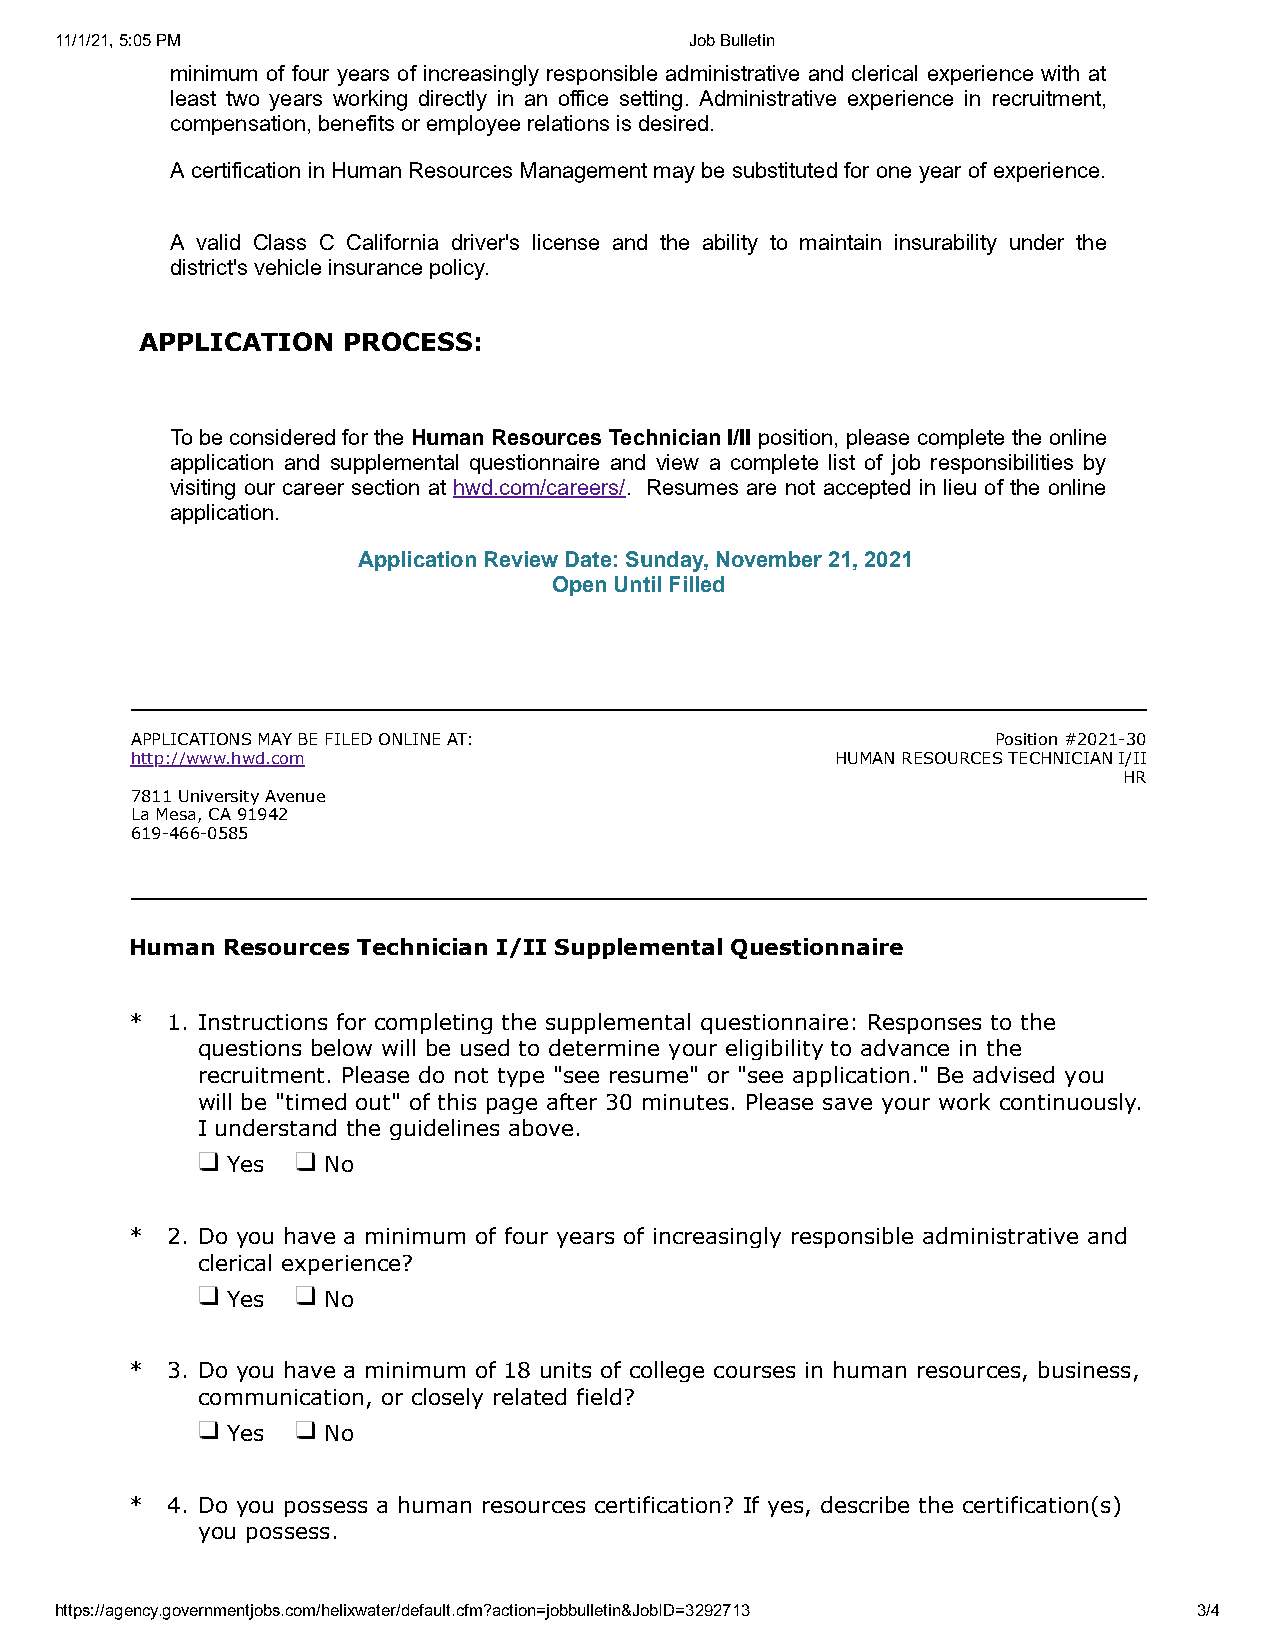
11/1/21, 5:05 PM                          Job Bulletin
 minimum of four years of increasingly responsible administrative and clerical experience with at
 least two years working directly in an office setting. Administrative experience in recruitment,
 compensation, benefits or employee relations is desired.
 A certification in Human Resources Management may be substituted for one year of experience.
 A valid Class C California driver's license and the ability to maintain insurability under the
 district's vehicle insurance policy.
 APPLICATION   PROCESS:
 To be considered for the Human Resources Technician I/II position, please complete the online
 application and supplemental questionnaire and view a complete list of job responsibilities by
 visiting our career section at hwd.com/careers/. Resumes are not accepted in lieu of the online
 application.
 Application Review Date: Sunday, November 21, 2021
 Open Until Filled
 APPLICATIONS MAY BE FILED ONLINE AT:                     Position #2021-30
 http://www.hwd.com                            HUMAN RESOURCES TECHNICIAN I/II
 HR
 7811 University Avenue
 La Mesa, CA 91942
 619-466-0585
 Human Resources Technician I/II Supplemental Questionnaire
 * 1. Instructions for completing the supplemental questionnaire: Responses to the
 questions below will be used to determine your eligibility to advance in the
 recruitment. Please do not type "see resume" or "see application." Be advised you
 will be "timed out" of this page after 30 minutes. Please save your work continuously.
 I understand the guidelines above.
 Yes   No
 * 2. Do you have a minimum of four years of increasingly responsible administrative and
 clerical experience?
 Yes   No
 * 3. Do you have a minimum of 18 units of college courses in human resources, business,
 communication, or closely related field?
 Yes   No
 * 4. Do you possess a human resources certification? If yes, describe the certification(s)
 you possess.
 https://agency.governmentjobs.com/helixwater/default.cfm?action=jobbulletin&JobID=3292713 3/4